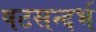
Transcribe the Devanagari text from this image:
षटसन्दर्भ